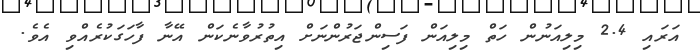
އަރައި 2.4 މިލިއަނުން ހަތް މިލިއަން ފަސިންޖަރުންނަށް އިތުރުވާނެކަން އޭނާ ފާހަގަކުރެއްވި އެވެ.